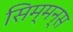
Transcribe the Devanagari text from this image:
सिम्मन्स